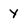
Character: Y